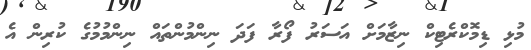
މުޅި ޑިމޮކްރެޓިކް ނިޒާމަށް އަސަރު ފޯރާ ފަދަ ނިންމުންތައް ނިންމުމުގެ ކުރިން އެ